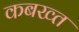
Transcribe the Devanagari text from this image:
कबख्त